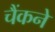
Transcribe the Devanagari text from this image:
चैंकने